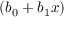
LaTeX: ( b _ { 0 } + b _ { 1 } x )